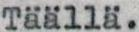
Täällä.